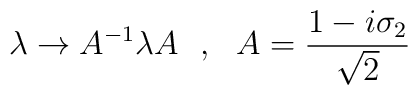
\lambda \rightarrow A^{-1} \lambda A~~,~~ A = \frac{1- i\sigma_2}{\sqrt{2}}